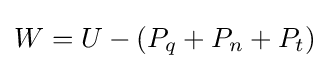
W=U-(P_{q}+P_{n}+P_{t})